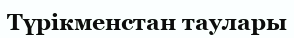
Түрікменстан таулары